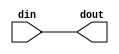
// This program was cloned from: https://github.com/mustafabbas/ECE1373_2016_hft_on_fpga
// License: MIT License

// ==============================================================
// File generated by Vivado(TM) HLS - High-Level Synthesis from C, C++ and SystemC
// Version: 2016.3
// Copyright (C) 1986-2016 Xilinx, Inc. All Rights Reserved.
// 
// ==============================================================

`timescale 1ns/1ps

module udpLoopbackWithTags_ap_rst_if
#(parameter
    RESET_ACTIVE_LOW = 0
)(
    input  wire din,
    output wire dout
);

assign dout = (RESET_ACTIVE_LOW == 1)? ~din : din;

endmodule